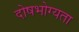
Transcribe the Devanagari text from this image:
दोषभोग्यता